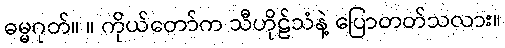
ဓမ္မဂုတ်။ ။ ကိုယ်တော်က သီဟိုဠ်သံနဲ့ ပြောတတ်သလား။